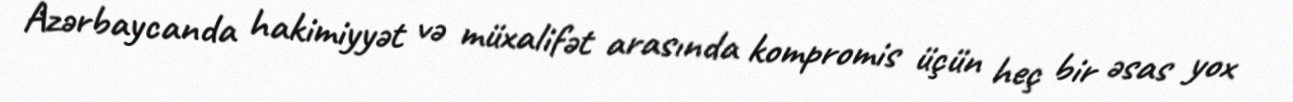
Azərbaycanda hakimiyyət və müxalifət arasında kompromis üçün heç bir əsas yox